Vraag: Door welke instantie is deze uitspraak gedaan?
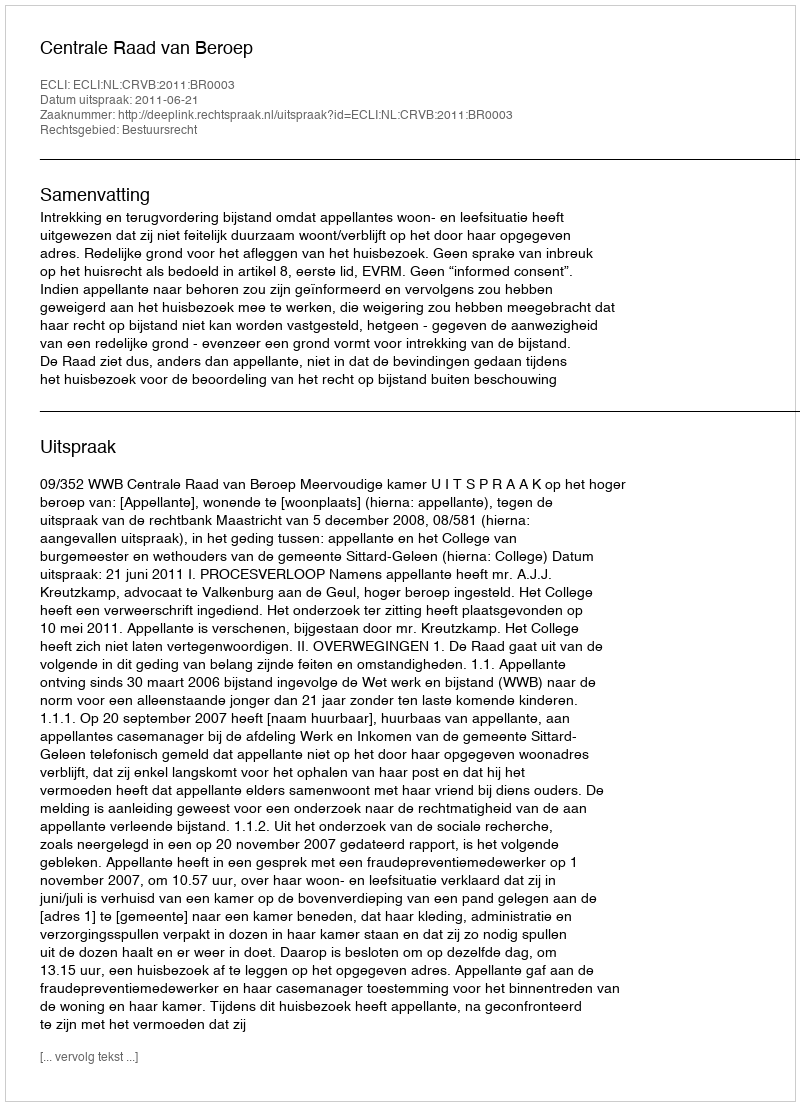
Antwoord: Centrale Raad van Beroep